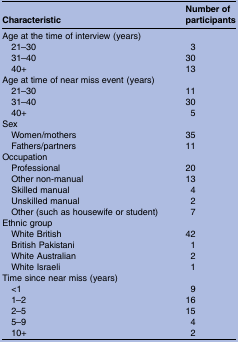
<table><thead><tr><td><b>Characteristic</b></td><td><b>Number of participants</b></td></tr></thead><tbody><tr><td colspan="2">Age at the time of interview (years)</td></tr><tr><td> 21–30</td><td>3</td></tr><tr><td> 31–40</td><td>30</td></tr><tr><td> 40+</td><td>13</td></tr><tr><td colspan="2">Age at time of near miss event (years)</td></tr><tr><td> 21–30</td><td>11</td></tr><tr><td> 31–40</td><td>30</td></tr><tr><td> 40+</td><td>5</td></tr><tr><td colspan="2">Sex</td></tr><tr><td> Women/mothers</td><td>35</td></tr><tr><td> Fathers/partners</td><td>11</td></tr><tr><td colspan="2">Occupation</td></tr><tr><td> Professional</td><td>20</td></tr><tr><td> Other non-manual</td><td>13</td></tr><tr><td> Skilled manual</td><td>4</td></tr><tr><td> Unskilled manual</td><td>2</td></tr><tr><td> Other (such as housewife or student)</td><td>7</td></tr><tr><td colspan="2">Ethnic group</td></tr><tr><td> White British</td><td>42</td></tr><tr><td> British Pakistani</td><td>1</td></tr><tr><td> White Australian</td><td>2</td></tr><tr><td> White Israeli</td><td>1</td></tr><tr><td colspan="2">Time since near miss (years)</td></tr><tr><td> &lt;1</td><td>9</td></tr><tr><td> 1–2</td><td>16</td></tr><tr><td> 2–5</td><td>15</td></tr><tr><td> 5–9</td><td>4</td></tr><tr><td> 10+</td><td>2</td></tr></tbody></table>